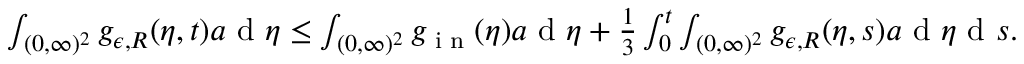
\begin{array} { r } { \int _ { ( 0 , \infty ) ^ { 2 } } g _ { \epsilon , R } ( \eta , t ) a \textup { d } \eta \leq \int _ { ( 0 , \infty ) ^ { 2 } } g _ { \textup { i n } } ( \eta ) a \textup { d } \eta + \frac { 1 } { 3 } \int _ { 0 } ^ { t } \int _ { ( 0 , \infty ) ^ { 2 } } g _ { \epsilon , R } ( \eta , s ) a \textup { d } \eta \textup { d } s . } \end{array}